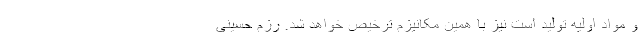
و مواد اولیه تولید است نیز با همین مکانیزم ترخیص خواهد شد. رزم حسینی